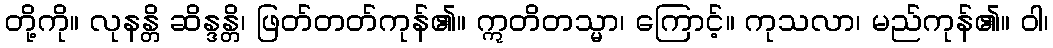
တို့ကို။ လုနန္တိ ဆိန္ဒန္တိ၊ ဖြတ်တတ်ကုန်၏။ ဣတိတသ္မာ၊ ကြောင့်။ ကုသလာ၊ မည်ကုန်၏။ ဝါ၊